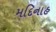
મદિનાહ